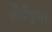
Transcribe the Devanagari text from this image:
लेंटीकुलर